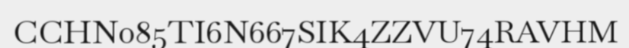
CCHN085TI6N667SIK4ZZVU74RAVHM